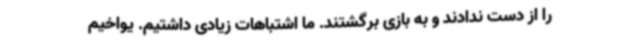
را از دست ندادند و به بازی برگشتند. ما اشتباهات زیادی داشتیم. یواخیم